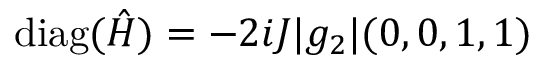
\mathrm { d i a g } ( \hat { H } ) = - 2 i J | g _ { 2 } | ( 0 , 0 , 1 , 1 )